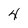
Character: 4